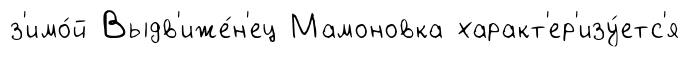
з'имо́й Выдв'иже́н'ец Мамоновка характ'ер'изу́етс'я